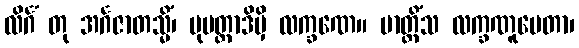
လိင်္ဂံ တု အင်္ဂဇာတသ္မိံ၊ ပုမတ္တာဒိမှိ လက္ခဏေ။ ဗာတ္တိံသ လက္ခဏူပေတာ၊